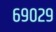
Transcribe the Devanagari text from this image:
६९०२९